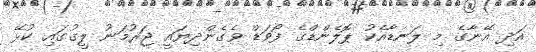
އަދި އޭނާގެ މި ލަނޑާއެކު ޕޮލެންޑްގެ ފޯވަޑް ވެގެންދިޔައީ ޖަރުމަނު ލީގުގައި ކުޅޭ